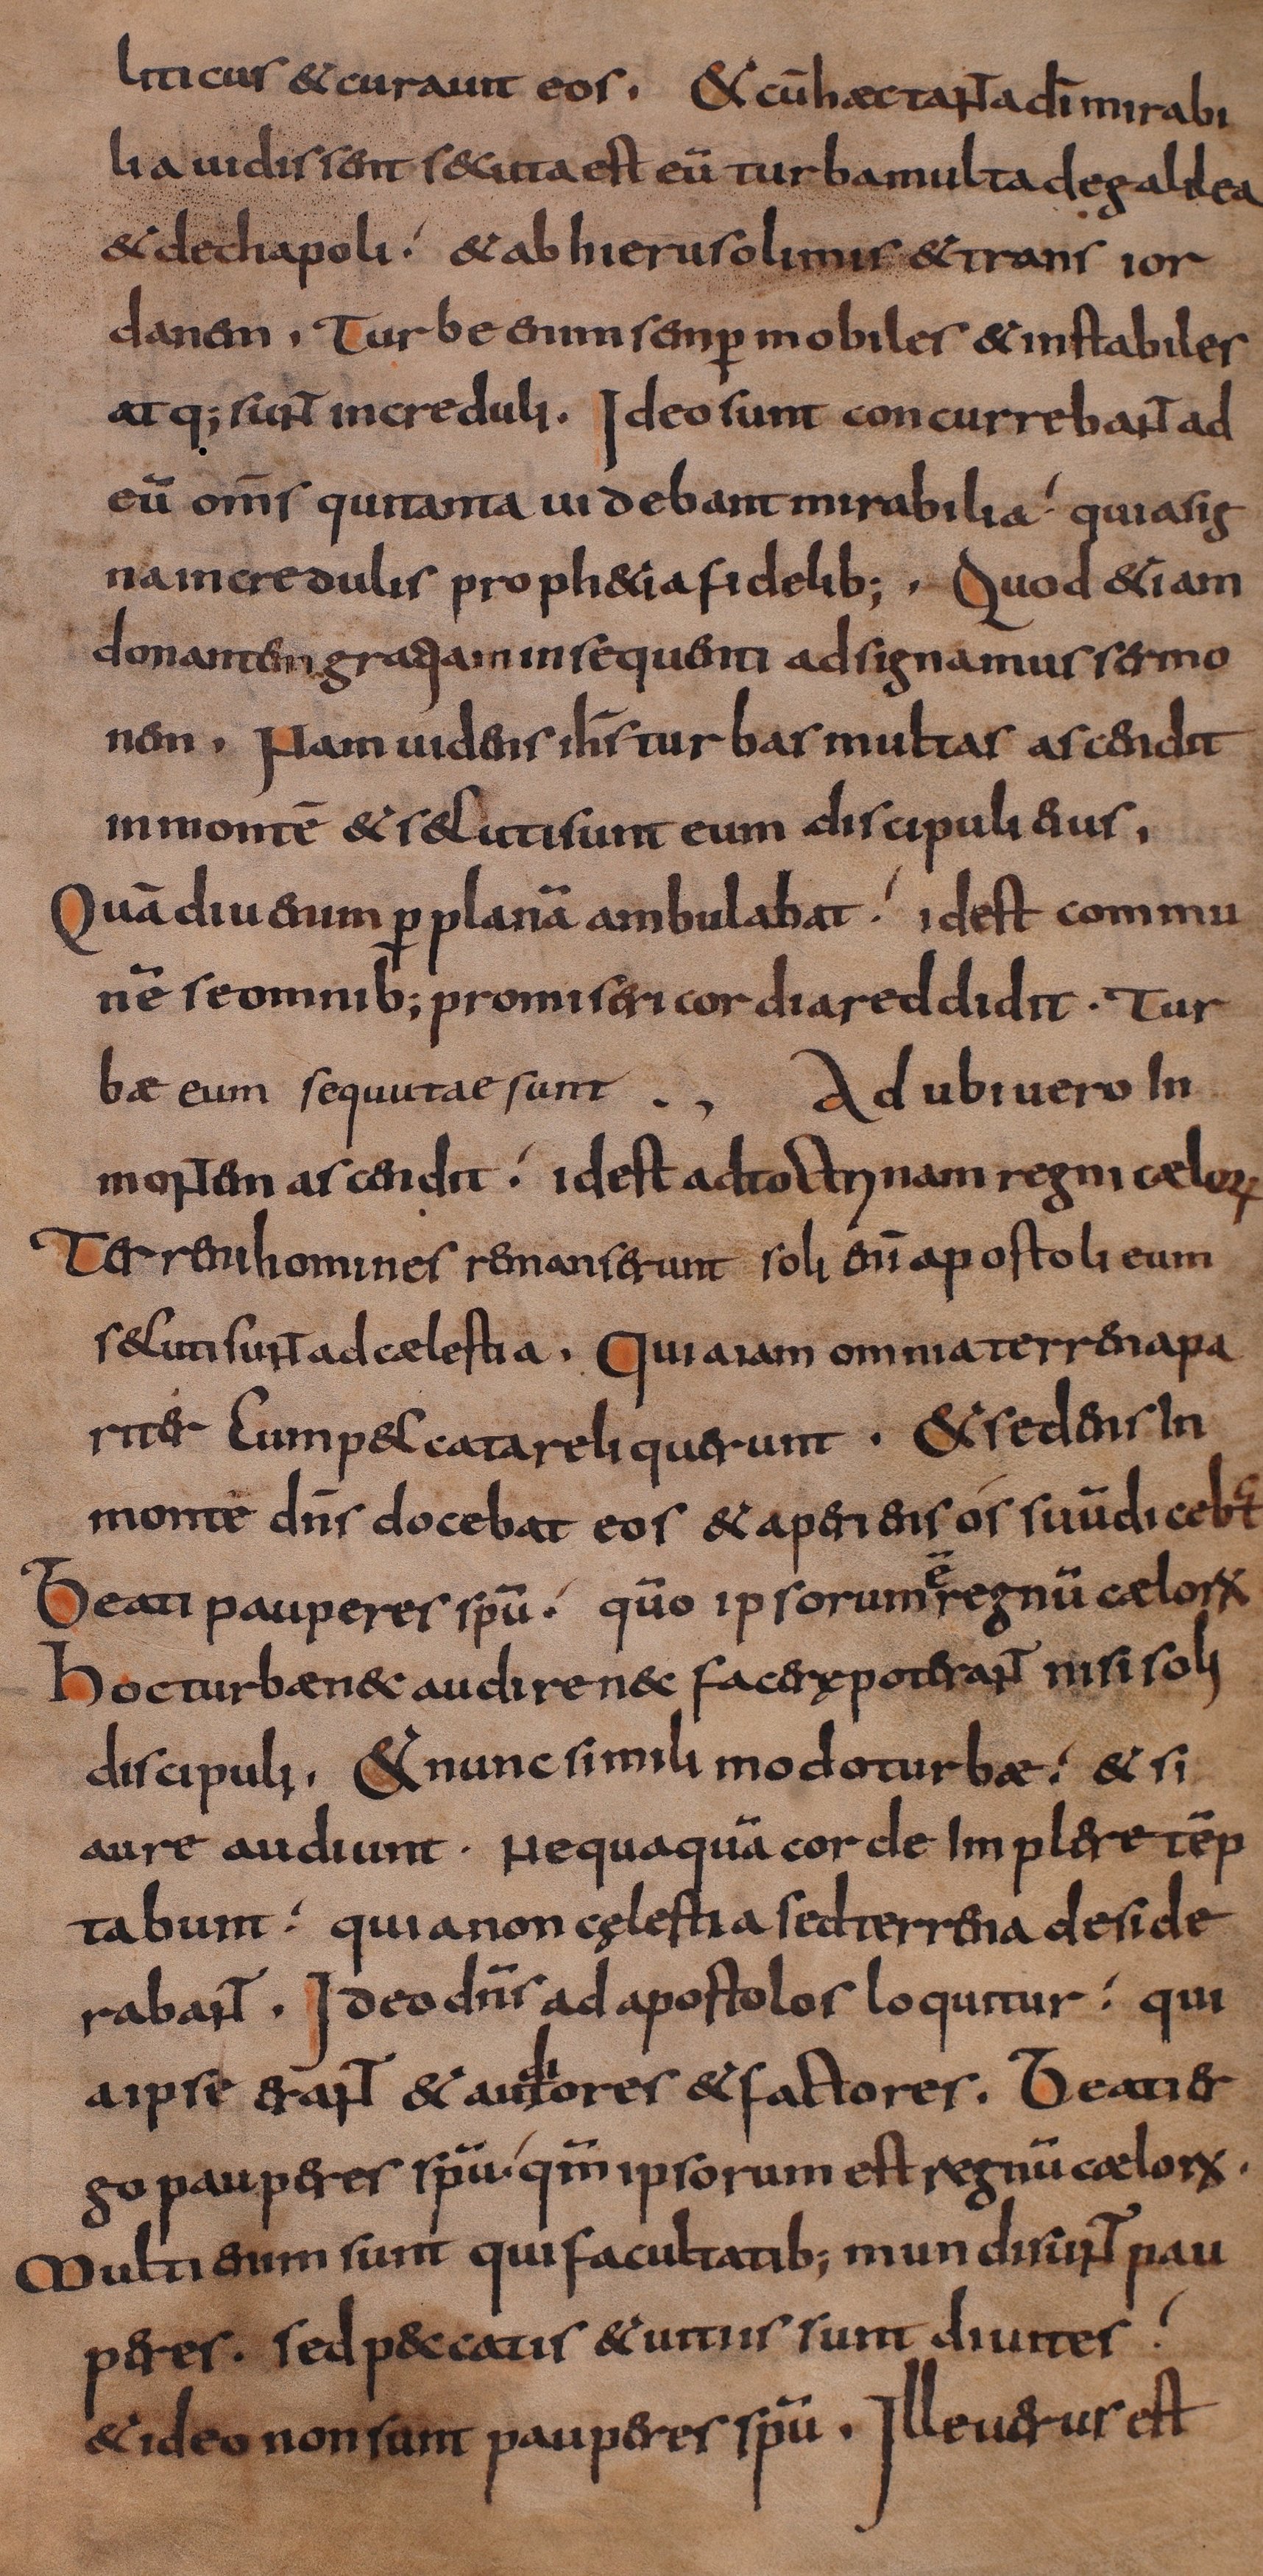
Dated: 800–849